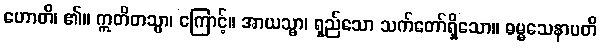
ဟောတိ၊ ၏။ ဣတိတသ္မာ၊ ကြောင့်။ အာယသ္မာ၊ ရှည်သော သက်တော်ရှိသော။ ဓမ္မသေနာပတိ